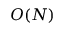
O ( N )